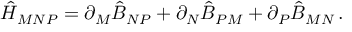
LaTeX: \hat { H } _ { M N P } = \partial _ { M } \hat { B } _ { N P } + \partial _ { N } \hat { B } _ { P M } + \partial _ { P } \hat { B } _ { M N } \, .